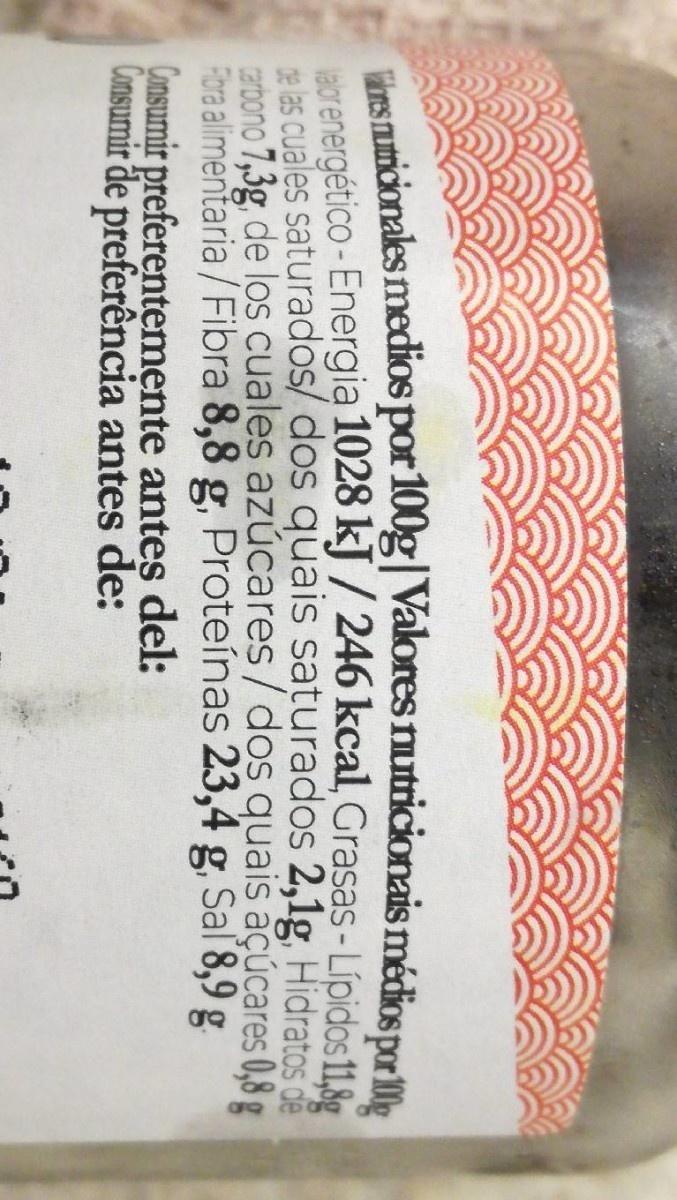
ins uticionales medios por 100g|Valores nutricionais médios por10g aorenergético-Energia 1028 kJ / 246 kcal, Grasas- Lípidos 11.8 te as cuales saturados/ dos quais saturados 2,1g Hidratos d carbono 7,3g, de los cuales azúcares/dos quais açúcares 0,8 g Fiora alimentaria / Fibra 8,8 g, Proteínas 23,4 g, Sal 8,9 g. Consumir preferentemente antes del: Consumir de preferência antes de: